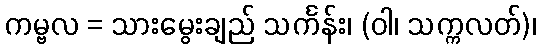
ကမ္ဗလ = သားမွေးချည် သင်္ကန်း၊ (ဝါ၊ သက္ကလတ်)၊